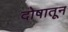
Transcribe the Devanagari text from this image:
दोषातून